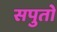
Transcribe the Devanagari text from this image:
सपुतो